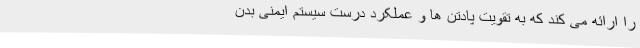
را ارائه می کند که به تقویت پادتن ها و عملکرد درست سیستم ایمنی بدن